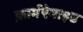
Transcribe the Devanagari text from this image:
फ़ार्मऐमाइड